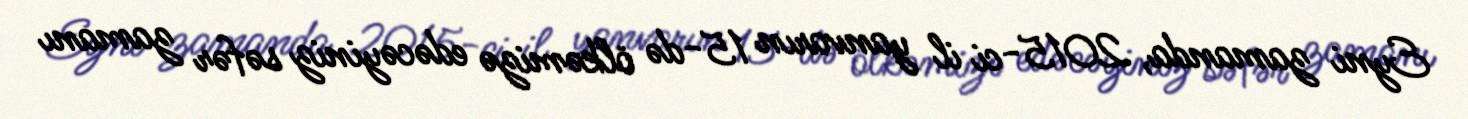
Eyni zamanda, 2015-ci il yanvarın 15-də ölkəmizə edəcəyiniz səfər zamanı